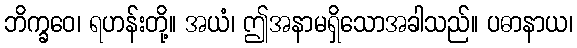
ဘိက္ခဝေ၊ ရဟန်းတို့။ အယံ၊ ဤအနာမရှိသောအခါသည်။ ပဓာနာယ၊